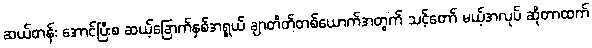
ဆယ်တန်း အောင်ပြီးစ ဆယ့်ခြောက်နှစ်အရွယ် ချာတိတ်တစ်ယောက်အတွက် သင့်တော် မယ့်အလုပ် ဆိုတာထက်